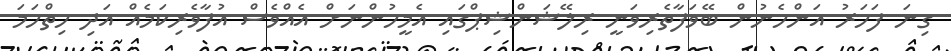
ގިނަ ފަހަރު އަންހެނުން ބޭވަފާތެރިވަނީ ރިލޭޝަންޝިޕްގައި އެމީހުންނަށް އެއްވެސް އުފާވެރިކަމެއް އަދި ހިތްހަމަ